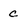
Character: c